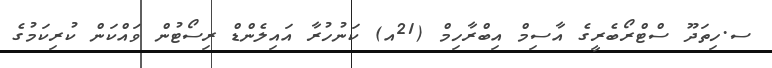
ސ.ހިތަދޫ ސްޓްރޯބެރީގެ އާސިމް އިބްރާހިމް (21އ) ކަނުހުރާ އައިލެންޑް ރިސޯޓުން ވައްކަން ކުރިކަމުގެ